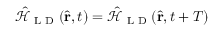
\mathcal { \hat { H } } _ { \textrm { L D } } ( \hat { \mathbf { r } } , t ) = \mathcal { \hat { H } } _ { \textrm { L D } } ( \hat { \mathbf { r } } , t + T )